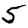
Digit: 5